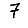
Digit: 7